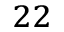
^ { 2 2 }